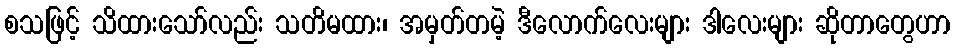
စသဖြင့် သိထားသော်လည်း သတိမထား၊ အမှတ်တမဲ့ ဒီလောက်လေးများ ဒါလေးများ ဆိုတာတွေဟာ